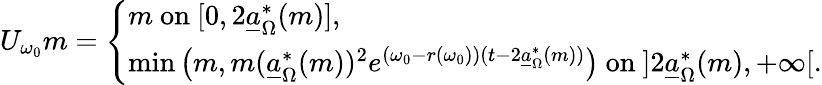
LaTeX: U_{\omega_{0}}m=\left\{ \begin{array}{ll}{m\mathrm{~on~}[0,2\underline{{a}}_{\Omega}^{*}(m)],}\\ {\operatorname*{min}\left(m,m(\underline{{a}}_{\Omega}^{*}(m))^{2}e^{(\omega_{0}-r(\omega_{0}))(t-2\underline{{a}}_{\Omega}^{*}(m))}\right)\mathrm{~on~}]2\underline{{a}}_{\Omega}^{*}(m),+\infty[.}\end{array}\right.